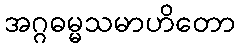
အဂ္ဂဓမ္မသမာဟိတော